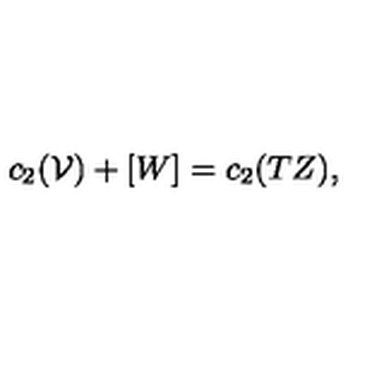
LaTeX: c _ { 2 } ( \mathcal { V } ) + [ W ] = c _ { 2 } ( T Z ) ,